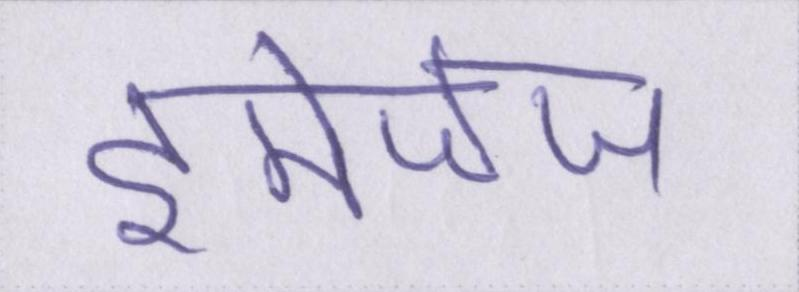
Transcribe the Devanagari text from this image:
इमेजेज